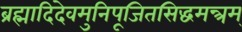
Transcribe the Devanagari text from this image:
ब्रह्मादिदेवमुनिपूजितसिद्धमन्त्रम्